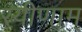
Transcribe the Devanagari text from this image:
रयीणाम्